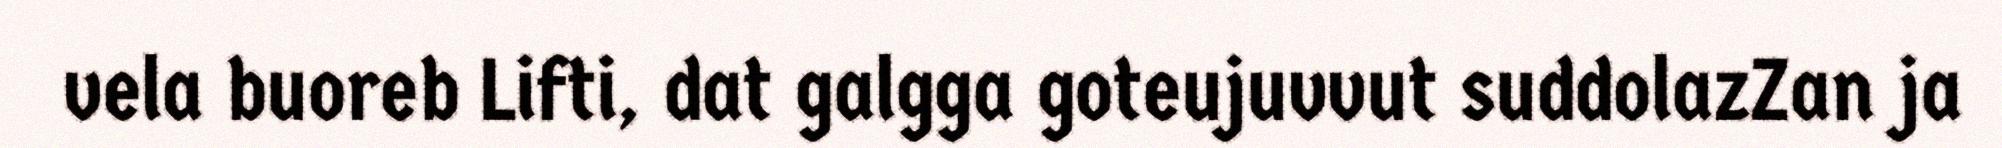
vela buoreb Lifti, dat galgga goteujuvvut suddolazZan ja